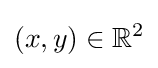
(x,y)\in \mathbb {R} ^{2}